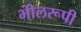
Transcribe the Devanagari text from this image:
भीलरूपी